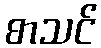
စာသင်